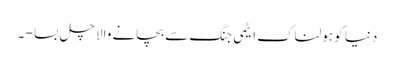
دنیا کو ہولناک ایٹمی جنگ سے بچانے والا چل بسا - ۔